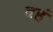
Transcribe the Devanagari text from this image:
वहं